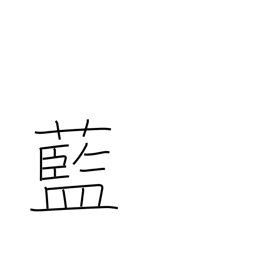
Meaning: indigo